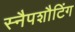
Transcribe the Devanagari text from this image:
स्नैपशौटिंग